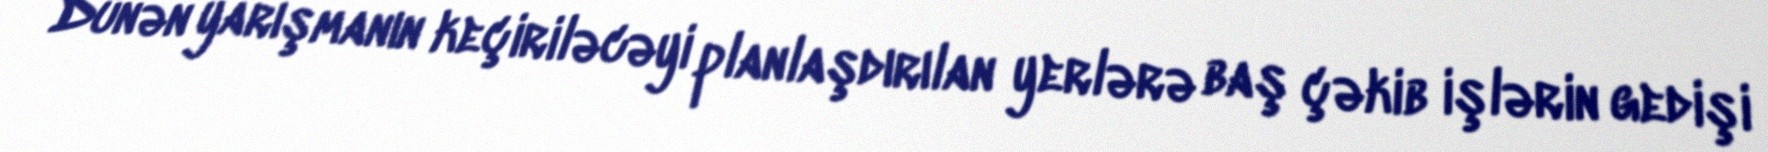
Dünən yarışmanın keçiriləcəyi planlaşdırılan yerlərə baş çəkib işlərin gedişi